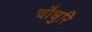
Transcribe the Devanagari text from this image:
चौधुरि